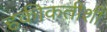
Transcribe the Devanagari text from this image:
हकीकतीशी